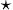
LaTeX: _{\star}